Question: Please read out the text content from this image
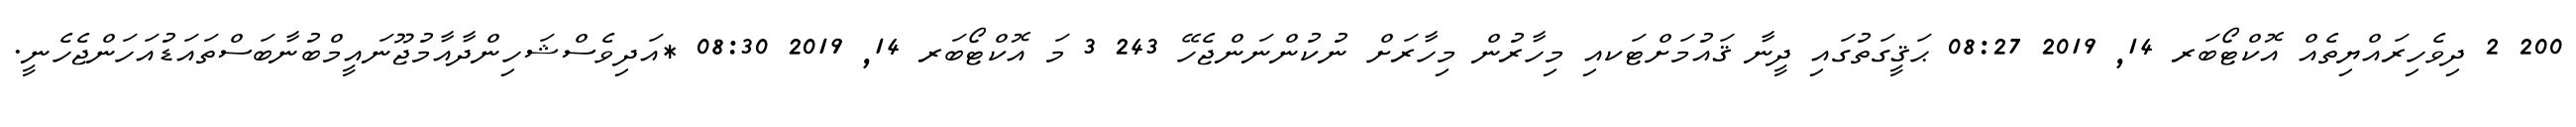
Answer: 200 2 ދިވެހިރައްޔިތެއް އޮކްޓޯބަރ 14, 2019 08:27 ޙަޤީގަތުގައި ދީނާ ޤައުމަށްޓަކއި މިހާރުން މިހާރަށް ނުކުންނަންޖެހޭ 243 3 މަ އޮކްޓޯބަރ 14, 2019 08:30 *އަދިވެސްޝަހިންދާއާމުޖޫނައީމްބުނާބަސްތައަޑުއަހަންޖެހެނީ.